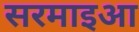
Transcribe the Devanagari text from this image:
सरमाइआ